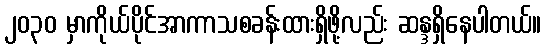
၂၀၃၀ မှာကိုယ်ပိုင်အာကာသစခန်းထားရှိဖို့လည်း ဆန္ဒရှိနေပါတယ်။